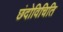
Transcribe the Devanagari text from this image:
छंदोविचिति